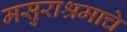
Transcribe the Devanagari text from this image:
मसुराश्रमाचे